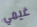
غيمي